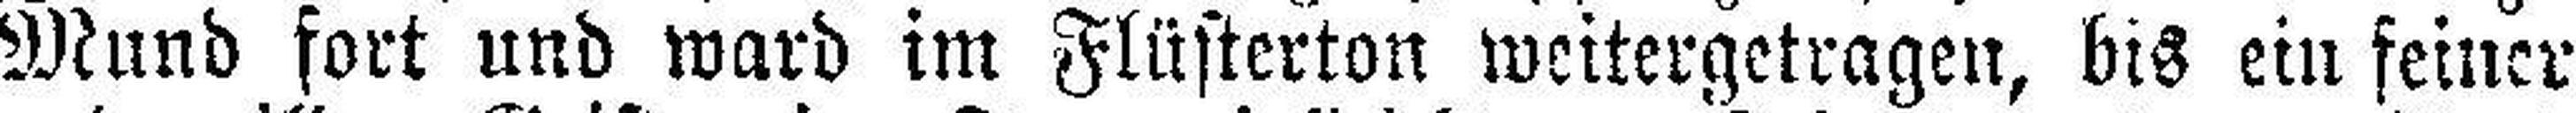
Mund fort und ward im Flüsterton weitergetragen, bis ein feiner